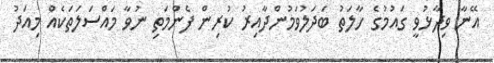
އޭނާ ވިދާޅުވީ ގައުމުގެ ހާލަތު ބަދަލުވަމުންދާއިރު ކުރިން ފެންމަތި ނުވާ މައްސަލަތަކެއް މިއަދު